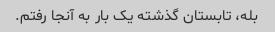
بله، تابستان گذشته یک بار به آنجا رفتم.